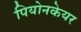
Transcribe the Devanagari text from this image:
पियोनकेयर